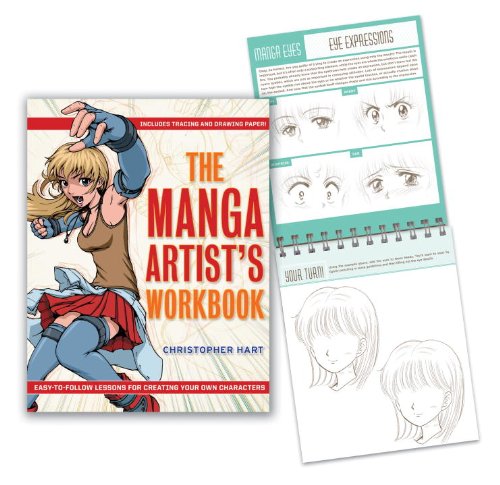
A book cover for The Manga Artist's Workbook: Easy-to-Follow Lessons for Creating Your Own Characters; Christopher Hart; Comics & Graphic Novels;